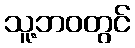
သူ့ဘဝတွင်